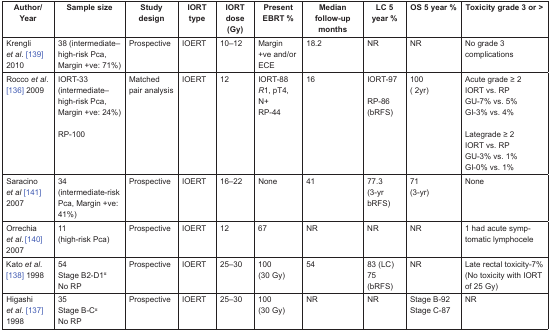
<table><thead><tr><td><b>Author/Year</b></td><td><b>Sample size</b></td><td><b>Study design</b></td><td><b>IORT type</b></td><td><b>IORT dose (Gy)</b></td><td><b>Present EBRT %</b></td><td><b>Median follow-up months</b></td><td><b>LC 5 year %</b></td><td><b>OS 5 year %</b></td><td><b>Toxicity grade 3 or &gt;</b></td></tr></thead><tbody><tr><td>Krengli <i>et al</i>. [139] 2010</td><td>38 (intermediate–high-risk Pca, Margin +ve: 71%)</td><td>Prospective</td><td>IOERT</td><td>10–12</td><td>Margin +ve and/or ECE</td><td>18.2</td><td>NR</td><td>NR</td><td>No grade 3 complications</td></tr><tr><td>Rocco <i>et al</i>. [136] 2009</td><td>IORT-33(intermediate–high-risk Pca, Margin +ve: 24%)RP-100</td><td>Matched pair analysis</td><td>IOERT</td><td>12</td><td>IORT-88<i>R</i>1, pT4, N+RP-44</td><td>16</td><td>IORT-97 RP-86 (bRFS)</td><td>100( 2yr)</td><td>Acute grade ≥ 2IORT vs. RPGU-7% vs. 5%GI-3% vs. 4%Lategrade ≥ 2 IORT vs. RPGU-3% vs. 1%GI-0% vs. 1%</td></tr><tr><td>Saracino <i>et al</i> [141] 2007</td><td>34(intermediate-risk Pca, Margin +ve: 41%)</td><td>Prospective</td><td>IOERT</td><td>16–22</td><td>None</td><td>41</td><td>77.3(3-yr bRFS)</td><td>71(3-yr)</td><td>None</td></tr><tr><td>Orrechia <i>et al</i>. [140] 2007</td><td>11(high-risk Pca)</td><td>Prospective</td><td>IOERT</td><td>12</td><td>67</td><td>NR</td><td>NR</td><td>NR</td><td>1 had acute symptomatic lymphocele</td></tr><tr><td>Kato <i>et al</i>. [138] 1998</td><td>54Stage B2-D1<sup>α</sup>No RP</td><td>Prospective</td><td>IOERT</td><td>25–30</td><td>100(30 Gy)</td><td>54</td><td>83 (LC)75(bRFS)</td><td>NR</td><td>Late rectal toxicity-7%(No toxicity with IORT of 25 Gy)</td></tr><tr><td>Higashi <i>et al</i>. [137] 1998</td><td>35Stage B-C<sup>α</sup>No RP</td><td>Prospective</td><td>IOERT</td><td>25–30</td><td>100(30 Gy)</td><td>NR</td><td>NR</td><td>Stage B-92Stage C-87</td><td>NR</td></tr></tbody></table>